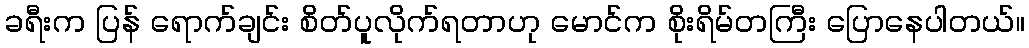
ခရီးက ပြန် ရောက်ချင်း စိတ်ပူလိုက်ရတာဟု မောင်က စိုးရိမ်တကြီး ပြောနေပါတယ်။